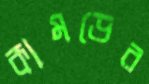
কামড়ের